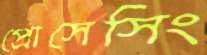
প্রোসেসিং